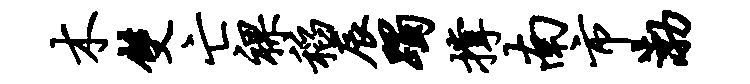
木双亡裸稻辰躅撑南市渤